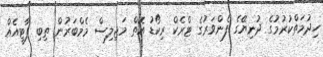
ހިދުމަތްކުރުމުގެ ދުނިޔޭގެ ފެންވަރުގެ ޓްރެކް ރިކޯޑު އޮތް މަޖިލިސް މެމްބަރުން ތިބި ޕާޓީއެއް